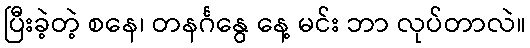
ပြီးခဲ့တဲ့ စနေ၊ တနင်္ဂနွေ နေ့ မင်း ဘာ လုပ်တာလဲ။